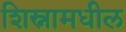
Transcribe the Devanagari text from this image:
शिस्नामधील